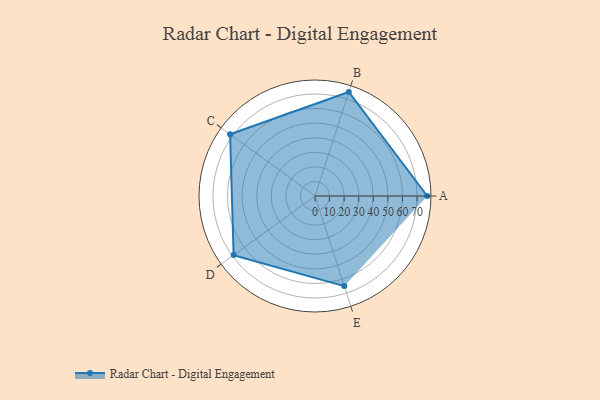
{"axis": {"x": "Skill", "y": "Score"}, "legend": ["Profile"], "data": [{"x": "A", "y": 77.0, "type": "Profile"}, {"x": "B", "y": 75.0, "type": "Profile"}, {"x": "C", "y": 72.0, "type": "Profile"}, {"x": "D", "y": 69.0, "type": "Profile"}, {"x": "E", "y": 65.0, "type": "Profile"}]}